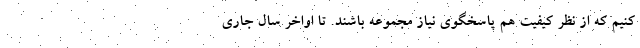
کنیم که از نظر کیفیت هم پاسخگوی نیاز مجموعه باشند. تا اواخر سال جاری